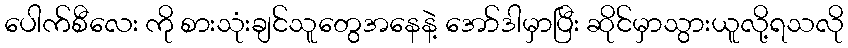
ပေါက်စီလေး ကို စားသုံးချင်သူတွေအနေနဲ့ အော်ဒါမှာပြီး ဆိုင်မှာသွားယူလို့ရသလို